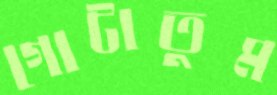
গোটাতুম